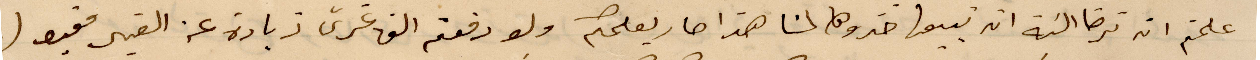
علمتم انه ترضا النية انه تبيعها خذوها لنا هذا صار يعلمكم ولو دفعتم الف غرش زيادة عن القير مقبول